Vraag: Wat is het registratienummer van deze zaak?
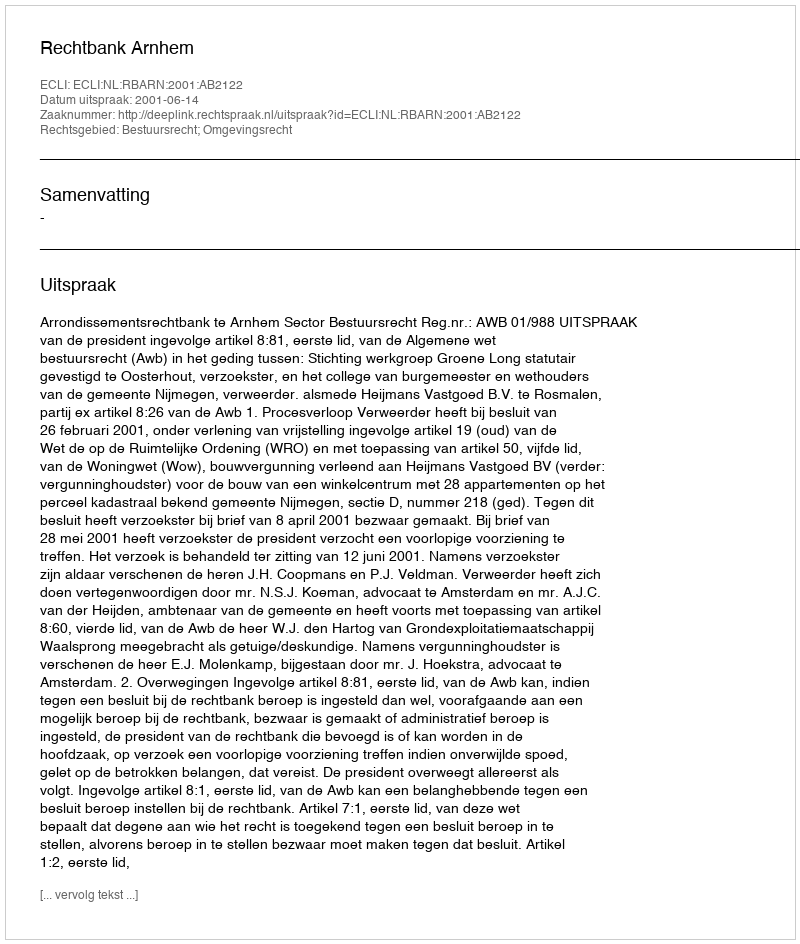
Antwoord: http://deeplink.rechtspraak.nl/uitspraak?id=ECLI:NL:RBARN:2001:AB2122